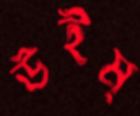
উইম্